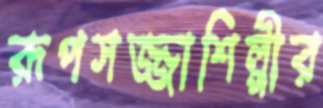
রূপসজ্জাশিল্পীর